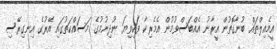
އީމެއިލްތައް ބުނާގޮތުން އީރާނު އެއްބަސްވުމުން އެމެރިކާ ވަކިވިޔަ ނުދިނުމުގެ މަސައްކަތުގައި އޭރުގެ އިނގިރޭސި